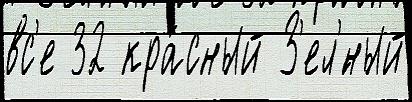
вс'е 32 кра́сный З'ел'́ный